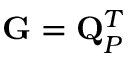
\mathbf { G } = \mathbf { Q } _ { P } ^ { T }